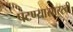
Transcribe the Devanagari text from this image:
पटण्यासारखी